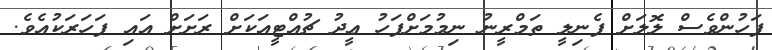
ފަހުންވެސް ލޮލަށް ފެނިލީ ތަމްރީނު ނިމުމަށްފަހު ޢީދު ޗުއްޓީއަކަށް ރަށަށް އައި ފަހަރަކުއެވެ.